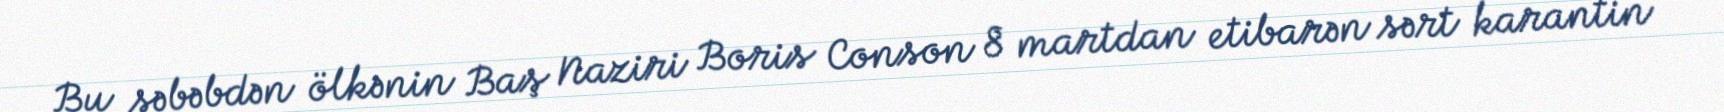
Bu səbəbdən ölkənin Baş Naziri Boris Conson 8 martdan etibarən sərt karantin